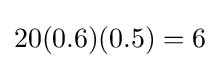
20(0.6)(0.5)=6